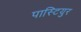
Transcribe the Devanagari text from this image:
पास्टियुर